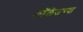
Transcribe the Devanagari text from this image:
काॅलॆजच्या